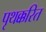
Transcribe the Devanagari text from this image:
पृथक्करित